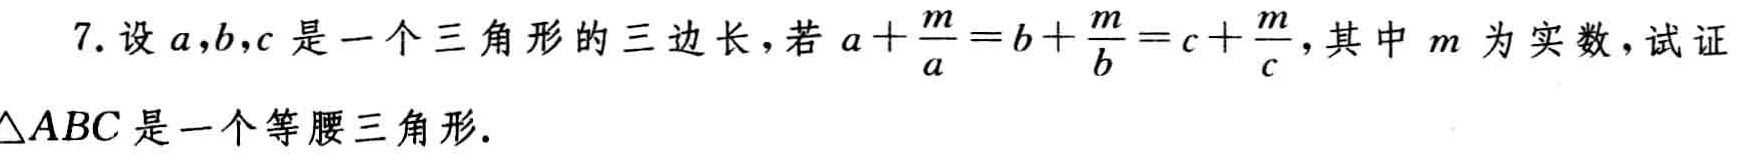
7. 设\(a,b,c\)是一个三角形的三边长，若\(a + \frac{m}{a}=b + \frac{m}{b}=c + \frac{m}{c}\)，其中\(m\)为实数，试证\(\triangle ABC\)是一个等腰三角形.